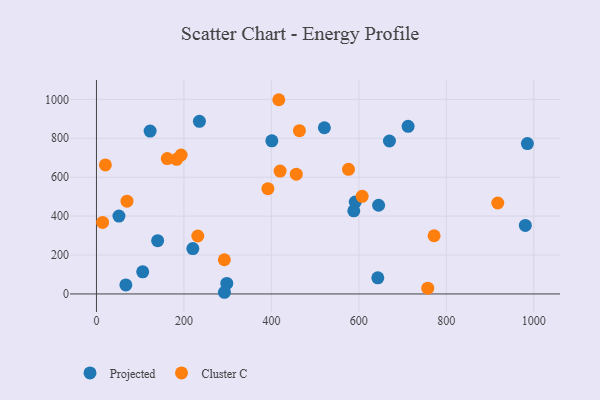
{"axis": {"x": "Ad Spend", "y": "Sales"}, "legend": ["Cluster C", "Projected"], "data": [{"x": "298.0", "y": 53.9, "type": "Projected"}, {"x": "521.1", "y": 854.1, "type": "Projected"}, {"x": "401.0", "y": 786.9, "type": "Projected"}, {"x": "712.6", "y": 861.3, "type": "Projected"}, {"x": "591.7", "y": 472.3, "type": "Projected"}, {"x": "669.9", "y": 785.9, "type": "Projected"}, {"x": "588.4", "y": 427.0, "type": "Projected"}, {"x": "122.7", "y": 837.1, "type": "Projected"}, {"x": "235.4", "y": 887.0, "type": "Projected"}, {"x": "139.9", "y": 273.8, "type": "Projected"}, {"x": "292.6", "y": 8.6, "type": "Projected"}, {"x": "220.4", "y": 233.1, "type": "Projected"}, {"x": "51.4", "y": 400.3, "type": "Projected"}, {"x": "645.1", "y": 455.9, "type": "Projected"}, {"x": "985.3", "y": 772.7, "type": "Projected"}, {"x": "105.7", "y": 113.9, "type": "Projected"}, {"x": "643.3", "y": 82.9, "type": "Projected"}, {"x": "67.2", "y": 46.5, "type": "Projected"}, {"x": "980.6", "y": 351.9, "type": "Projected"}, {"x": "772.0", "y": 299.0, "type": "Cluster C"}, {"x": "416.9", "y": 998.1, "type": "Cluster C"}, {"x": "292.4", "y": 175.8, "type": "Cluster C"}, {"x": "607.5", "y": 501.9, "type": "Cluster C"}, {"x": "183.3", "y": 691.8, "type": "Cluster C"}, {"x": "161.9", "y": 695.9, "type": "Cluster C"}, {"x": "464.1", "y": 839.3, "type": "Cluster C"}, {"x": "14.1", "y": 367.5, "type": "Cluster C"}, {"x": "419.9", "y": 631.6, "type": "Cluster C"}, {"x": "20.4", "y": 663.0, "type": "Cluster C"}, {"x": "392.0", "y": 541.0, "type": "Cluster C"}, {"x": "576.3", "y": 640.3, "type": "Cluster C"}, {"x": "917.6", "y": 467.4, "type": "Cluster C"}, {"x": "757.5", "y": 29.6, "type": "Cluster C"}, {"x": "456.9", "y": 615.7, "type": "Cluster C"}, {"x": "193.6", "y": 714.0, "type": "Cluster C"}, {"x": "231.7", "y": 297.8, "type": "Cluster C"}, {"x": "69.8", "y": 476.6, "type": "Cluster C"}]}